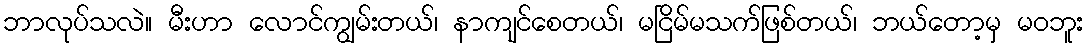
ဘာလုပ်သလဲ။ မီးဟာ လောင်ကျွမ်းတယ်၊ နာကျင်စေတယ်၊ မငြိမ်မသက်ဖြစ်တယ်၊ ဘယ်တော့မှ မဝဘူး